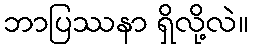
ဘာပြဿနာ ရှိလို့လဲ။